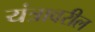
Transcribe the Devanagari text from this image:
यंत्रावरील